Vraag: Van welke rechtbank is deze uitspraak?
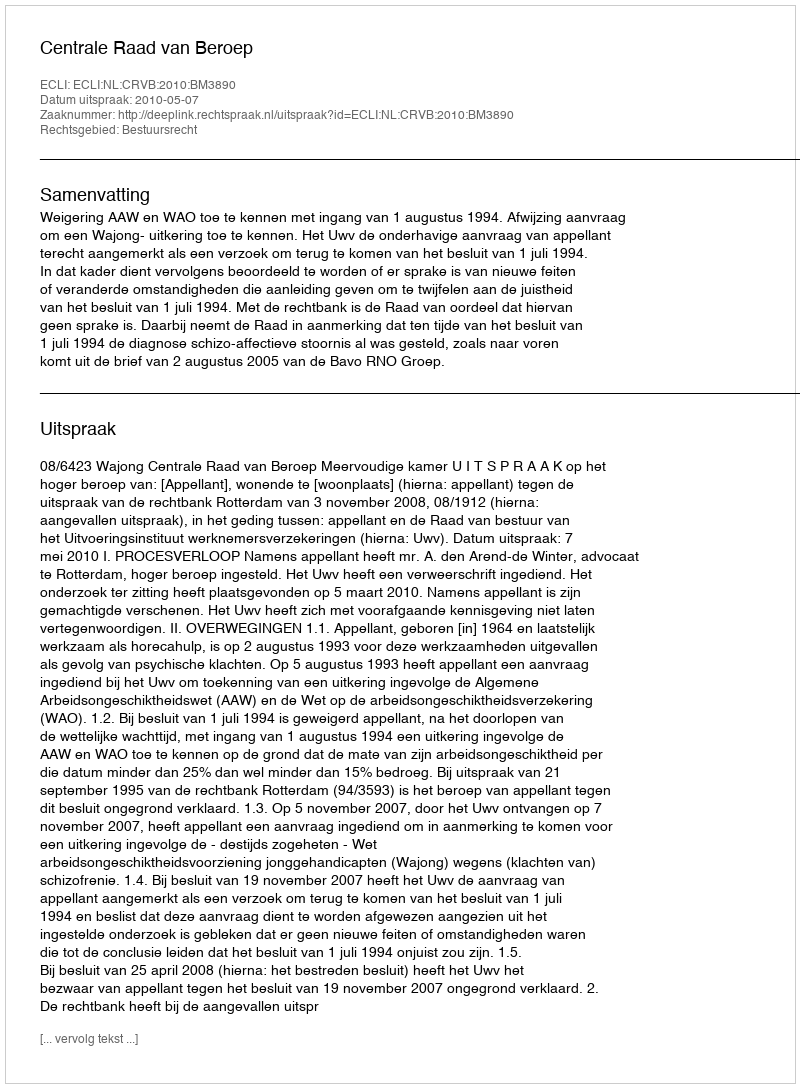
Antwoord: Centrale Raad van Beroep